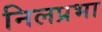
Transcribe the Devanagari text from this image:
निलप्रभा